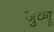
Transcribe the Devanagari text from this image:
जुक्यू